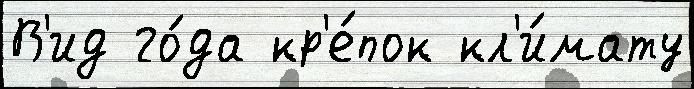
В'ид го́да кр'е́пок кл'и́мату